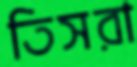
তিসরা